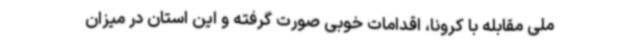
ملی مقابله با کرونا، اقدامات خوبی صورت گرفته و این استان در میزان